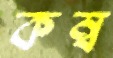
কম্ব